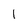
Character: 1